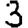
Digit: 3